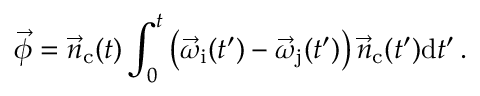
\vec { \phi } = \vec { n } _ { \mathrm { c } } ( t ) \int _ { 0 } ^ { t } { \left( \vec { \omega } _ { \mathrm { i } } ( t ^ { \prime } ) - \vec { \omega } _ { \mathrm { j } } ( t ^ { \prime } ) \right) \vec { n } _ { \mathrm { c } } ( t ^ { \prime } ) \mathrm { d } t ^ { \prime } } \, .